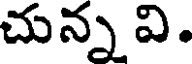
చున్న వి.